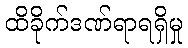
ထိခိုက်ဒဏ်ရာရရှိမှု